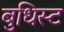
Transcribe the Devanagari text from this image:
बुधिस्ट